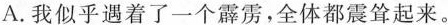
A.我似乎遇着了一个霹雳，全体都震耸起来。